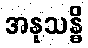
အနုသန္ဓိ